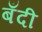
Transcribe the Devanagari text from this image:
बँदी